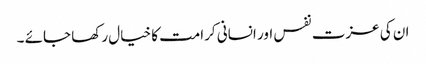
ان کی عزت نفس اور انسانی کرامت کا خیال رکھا جائے ۔